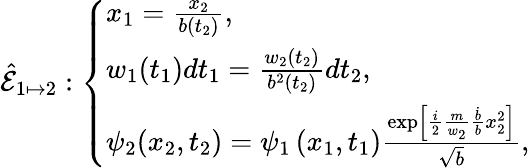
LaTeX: \hat{\mathcal{E}}_{1\mapsto 2}:\left\{ \begin{array}{ll}{x_{1}=\frac{x_{2}}{b(t_{2})},}\\ {w_{1}(t_{1})dt_{1}=\frac{w_{2}(t_{2})}{b^{2}(t_{2})}dt_{2},}\\ {\psi_{2}(x_{2},t_{2})=\psi_{1}\left(x_{1},t_{1}\right)\frac{\exp\left[{\frac{i}{2}\frac{m}{w_{2}}\frac{\dot{b}}{b}x_{2}^{2}}\right]}{\sqrt{b}},}\end{array}\right.